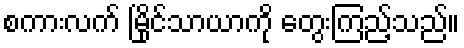
စကားလက် မြိုင်သာယာကို တွေးကြည့်သည်။